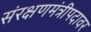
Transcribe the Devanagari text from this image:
संरक्षणमंत्रीपदावर